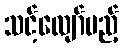
သင့်လျော်မည့်